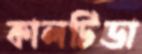
কালটিডা